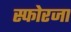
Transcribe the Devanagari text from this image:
स्फोरजा